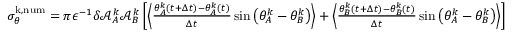
\begin{array} { r } { \sigma _ { \theta } ^ { \mathrm { k , n u m } } = { \pi } \epsilon ^ { - 1 } \delta \mathcal { A } _ { A } ^ { k } \mathcal { A } _ { B } ^ { k } \left[ \left\langle \frac { \theta _ { A } ^ { k } ( t + \Delta t ) - \theta _ { A } ^ { k } ( t ) } { \Delta t } \sin \big ( \theta _ { A } ^ { k } - \theta _ { B } ^ { k } \big ) \right\rangle + \left\langle \frac { \theta _ { B } ^ { k } ( t + \Delta t ) - \theta _ { B } ^ { k } ( t ) } { \Delta t } \sin \big ( \theta _ { A } ^ { k } - \theta _ { B } ^ { k } \big ) \right\rangle \right] } \end{array}